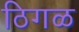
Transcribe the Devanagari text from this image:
ठिगळ